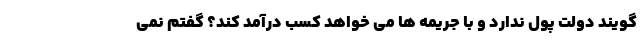
گویند دولت پول ندارد و با جریمه ها می خواهد کسب درآمد کند؟ گفتم نمی